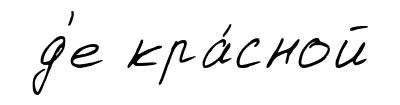
д'е кра́сной